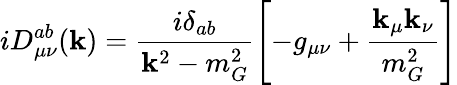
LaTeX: iD_{\mu\nu}^{ab}(\mathbf{k})=\frac{{i\delta_{ab}}}{{\mathbf{k}^{2}-m_{G}^{2}}}\left[-g_{\mu\nu}+\frac{{\mathbf{k}_{\mu}\mathbf{k}_{\nu}}}{{m_{G}^{2}}}\right]